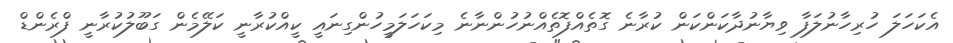
އެކަހަލަ ހުރިހާނުލަފާ ވިޔާނުދާކަންކަން ކުރާނެ ގޮތެއްފޮތެއްނުހުންނާނެ މިކަހަލަމީހުންގިނައީ ކީއްކުރާނީ ކަލޭމެން ގަބޫލުކުރާނީ ފްރެންޑް